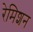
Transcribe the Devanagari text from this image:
रेमिशन